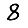
Digit: 8